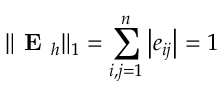
\Vert \textbf { E } _ { h } \Vert _ { 1 } = \sum _ { i , j = 1 } ^ { n } \left| e _ { i j } \right| = 1